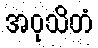
အဝုသိတံ